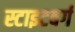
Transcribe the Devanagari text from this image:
स्टाइटबर्ग